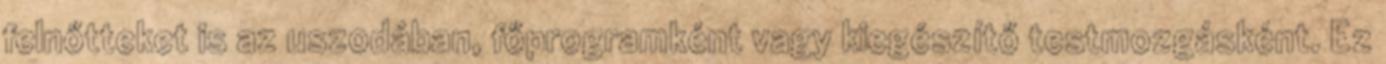
felnőtteket is az uszodában, főprogramként vagy kiegészítő testmozgásként. Ez